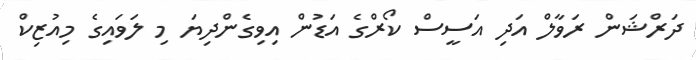
ދަރްޝަން ރަވާލް އަދި އަސީސް ކޯރްގެ އަޑުން އިވިގެންދިޔަ މި ލަވައިގެ މިއުޒިކް